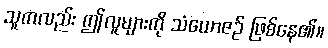
သူကလည်း ဤလူများကို သံယောဇဉ် ဖြစ်နေ၏။